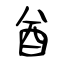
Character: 酋